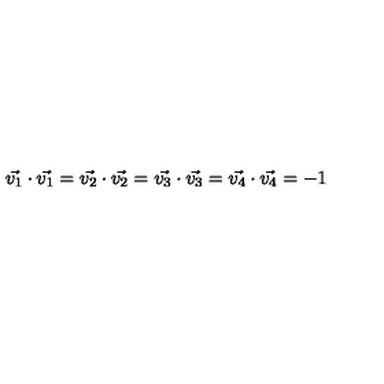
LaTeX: \vec { v _ { 1 } } \cdot \vec { v _ { 1 } } = \vec { v _ { 2 } } \cdot \vec { v _ { 2 } } = \vec { v _ { 3 } } \cdot \vec { v _ { 3 } } = \vec { v _ { 4 } } \cdot \vec { v _ { 4 } } = - 1